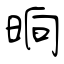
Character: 晌